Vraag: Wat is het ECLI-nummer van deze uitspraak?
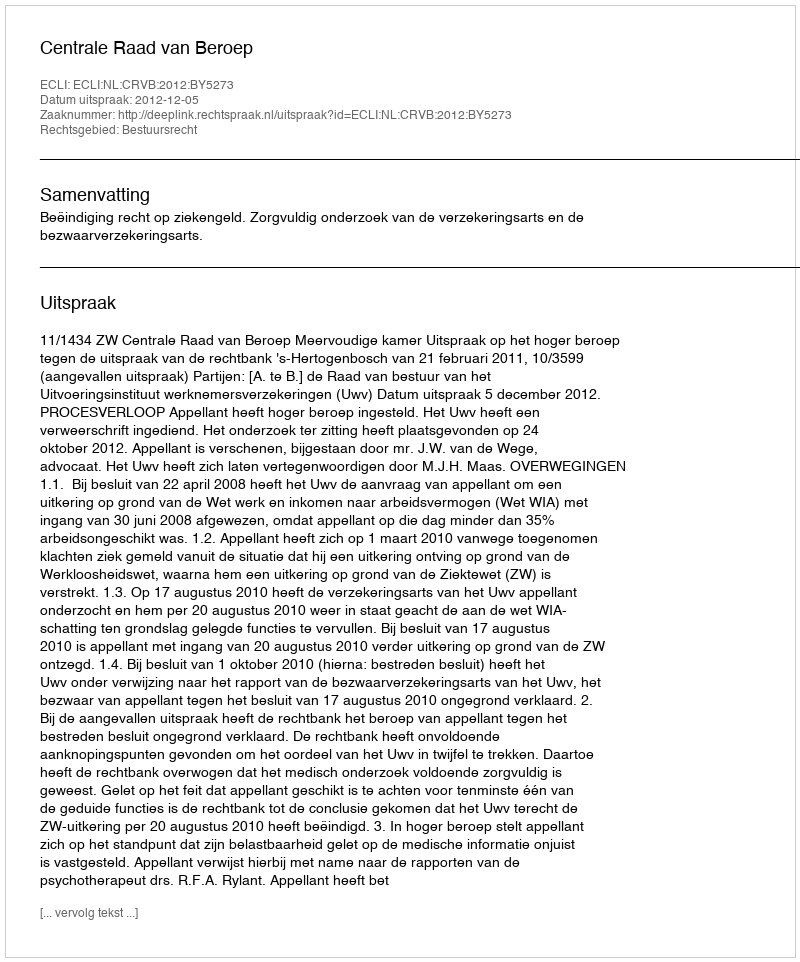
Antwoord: ECLI:NL:CRVB:2012:BY5273